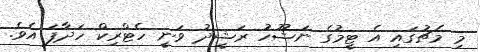
މި މެޗުގައި އެ ޓީމުގެ ނަޝޫހު ރަޝީދު ވަނީ ހެޓްރިކް ހަދާފަ އެވެ.